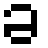
ခ